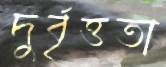
দুর্বৃত্ততা